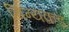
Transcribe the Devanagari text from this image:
चिन्यकड़